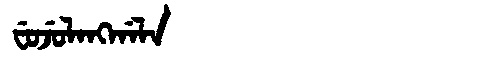
Manchu: ᠸᡠᠵᡠᠯᠠᠩᡤᠠᠯᠠ
Romanization: FUJULANGGALA